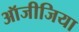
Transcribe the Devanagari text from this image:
ऑजीजिया